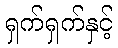
ရှက်ရှက်နှင့်